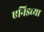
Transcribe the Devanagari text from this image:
एनिडच्या